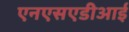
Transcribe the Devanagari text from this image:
एनएसएडीआई